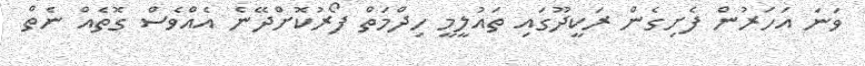
ވަނަ އަހަރުން ފެށިގެން ރަކީދޫގައި ތައުލީމީ ހިދްމަތް ފޯރުކޮށްދޭނެ އެއްވެސް ގޮތެއް ނެތް